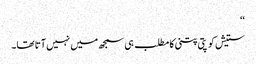
‘‘
ستیش کو پتی پتنی کا مطلب ہی سمجھ میں نہیں آتا تھا۔